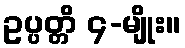
ဥပ္ပတ္တိ ၄-မျိုး။